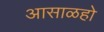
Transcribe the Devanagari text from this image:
आसाळहो